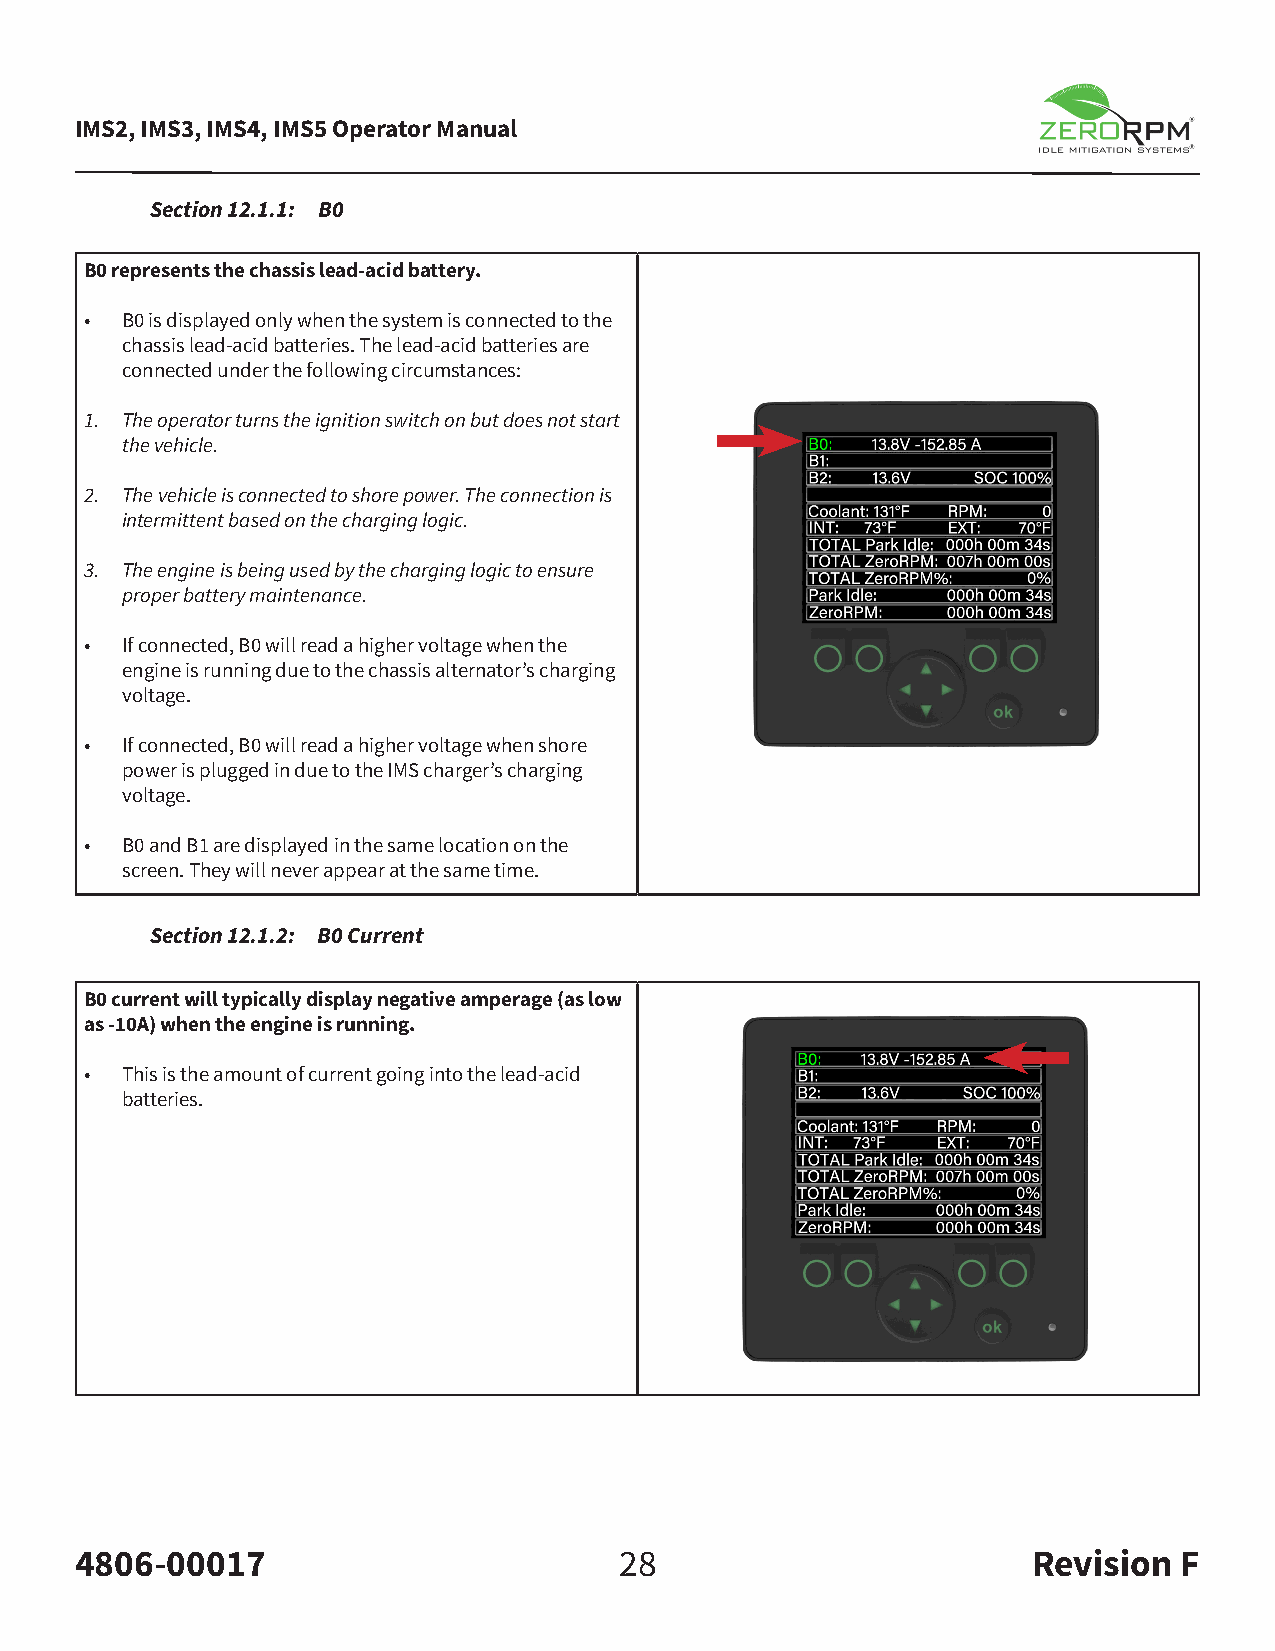
IMS2, IMS3, IMS4, IMS5 Operator Manual
 Section 12.1.1: B0
 B0 represents the chassis lead-acid battery.
 • B0 is displayed only when the system is connected to the
 chassis lead-acid batteries. The lead-acid batteries are
 connected under the following circumstances:
 1. The operator turns the ignition switch on but does not start
 the vehicle.
 2. The vehicle is connected to shore power. The connection is
 intermittent based on the charging logic.
 3. The engine is being used by the charging logic to ensure
 proper battery maintenance.
 • If connected, B0 will read a higher voltage when the
 engine is running due to the chassis alternator’s charging
 voltage.
 • If connected, B0 will read a higher voltage when shore
 power is plugged in due to the IMS charger’s charging
 voltage.
 • B0 and B1 are displayed in the same location on the
 screen. They will never appear at the same time.
 Section 12.1.2: B0 Current
 B0 current will typically display negative amperage (as low
 as -10A) when the engine is running.
 • This is the amount of current going into the lead-acid
 batteries.
 4806-00017                          28                         Revision  F